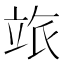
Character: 𥩷